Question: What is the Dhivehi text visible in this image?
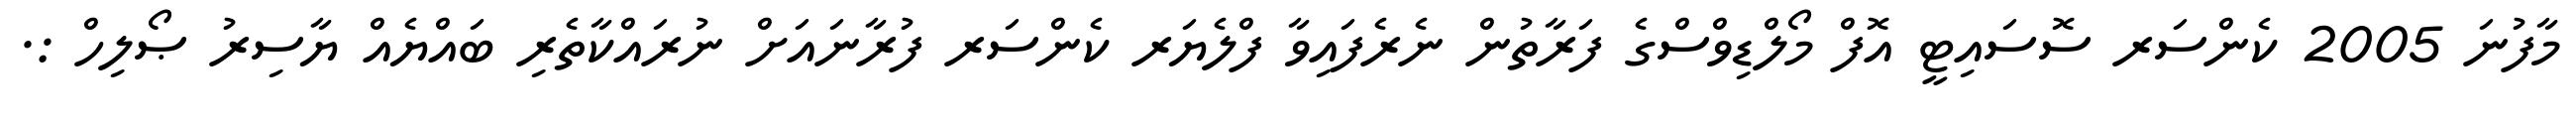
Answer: މާފުނަ 2005 ކެންސަރ ސޮސައިޓީ އޮފް މޯލްޑިވްސްގެ ފަރާތުން ނެރެފައިވާ ފްލެޔަރ ކެންސަރ ފުރާނައަށް ނުރައްކާތެރި ބައްޔެއް ޔާސިރު ޞޯލިހް :.